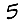
Digit: 5